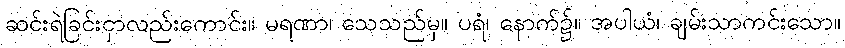
ဆင်းရဲခြင်းငှာလည်းကောင်း။ မရဏာ၊ သေသည်မှ။ ပရံ၊ နောက်၌။ အပါယံ၊ ချမ်းသာကင်းသော။